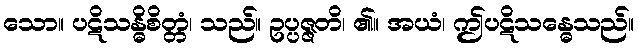
သော။ ပဋိသန္ဓိစိတ္တံ၊ သည်။ ဥပ္ပဇ္ဇတိ၊ ၏။ အယံ၊ ဤပဋိသန္ဓေသည်။